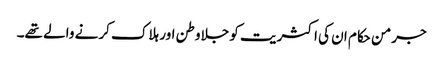
جرمن حکام ان کی اکثریت کو جلاوطن اور ہلاک کرنے والے تھے۔